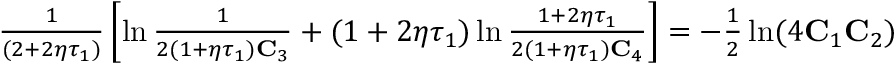
\begin{array} { r } { \frac { 1 } { ( 2 + 2 \eta \tau _ { 1 } ) } \left[ \ln \frac { 1 } { 2 ( 1 + \eta \tau _ { 1 } ) \mathbf { C } _ { 3 } } + ( 1 + 2 \eta \tau _ { 1 } ) \ln \frac { 1 + 2 \eta \tau _ { 1 } } { 2 ( 1 + \eta \tau _ { 1 } ) \mathbf { C } _ { 4 } } \right] = - \frac { 1 } { 2 } \ln ( 4 \mathbf { C } _ { 1 } \mathbf { C } _ { 2 } ) } \end{array}